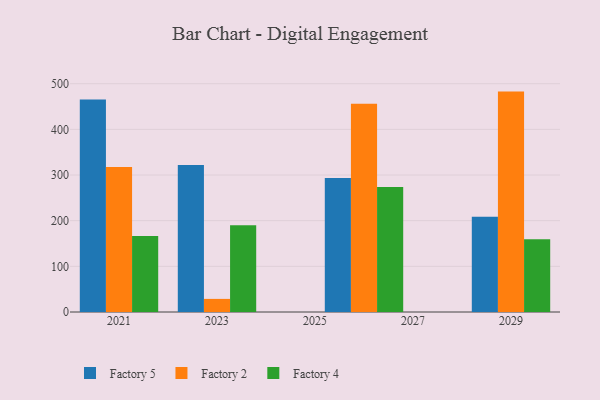
{"axis": {"x": "Year", "y": "Temperature (°C)"}, "legend": ["Factory 2", "Factory 4", "Factory 5"], "data": [{"x": "2023", "y": 321.9, "type": "Factory 5"}, {"x": "2023", "y": 28.7, "type": "Factory 2"}, {"x": "2023", "y": 189.9, "type": "Factory 4"}, {"x": "2029", "y": 208.5, "type": "Factory 5"}, {"x": "2029", "y": 482.7, "type": "Factory 2"}, {"x": "2029", "y": 159.5, "type": "Factory 4"}, {"x": "2021", "y": 465.4, "type": "Factory 5"}, {"x": "2021", "y": 317.8, "type": "Factory 2"}, {"x": "2021", "y": 166.7, "type": "Factory 4"}, {"x": "2026", "y": 293.4, "type": "Factory 5"}, {"x": "2026", "y": 455.9, "type": "Factory 2"}, {"x": "2026", "y": 273.9, "type": "Factory 4"}]}